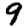
Digit: 9